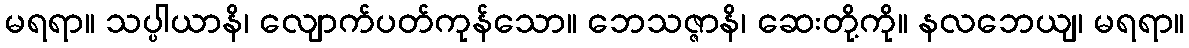
မရရာ။ သပ္ပါယာနိ၊ လျောက်ပတ်ကုန်သော။ ဘေသဇ္ဇာနိ၊ ဆေးတို့ကို။ နလဘေယျ၊ မရရာ။